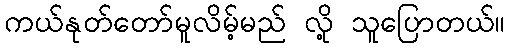
ကယ်နုတ်တော်မူလိမ့်မည် လို့ သူပြောတယ်။